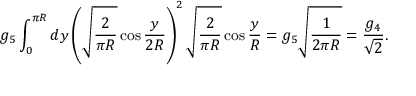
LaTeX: g _ { 5 } \int _ { 0 } ^ { \pi R } d y \left( \sqrt { \frac { 2 } { \pi R } } \cos \frac { y } { 2 R } \right) ^ { 2 } \sqrt { \frac { 2 } { \pi R } } \cos \frac { y } { R } = g _ { 5 } \sqrt { \frac { 1 } { 2 \pi R } } = \frac { g _ { 4 } } { \sqrt { 2 } } .